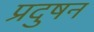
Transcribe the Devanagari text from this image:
प्रदुषन